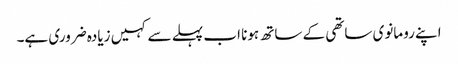
اپنے رومانوی ساتھی کے ساتھ ہونا اب پہلے سے کہیں زیادہ ضروری ہے۔